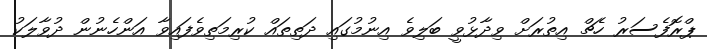
ޕްރޮފެސަރު ހެޗް އިތުރަށް ވިދާޅުވީ ބަލިވެ އިނުމުގައި ދަތިތައް ކުރިމަތިވެފައިވާ އަންހެނުން ދުވާލަކު